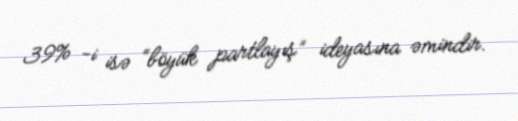
39% -i isə “böyük partlayış” ideyasına əmindir.